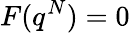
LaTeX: F(q^{N})=0